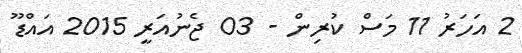
2 އަހަރު 11 މަސް ކުރިން - 03 ޖެނުއަރީ 2015 އައްޑޫ